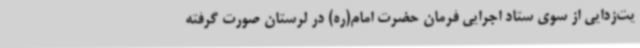
یت‌زدایی از سوی ستاد اجرایی فرمان حضرت امام(ره) در لرستان صورت گرفته